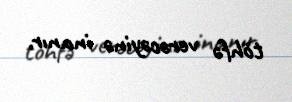
töhfə verəcəyinə inanır.